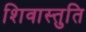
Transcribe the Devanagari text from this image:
शिवास्तुति